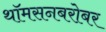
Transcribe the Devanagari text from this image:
थॉमसनबरोबर